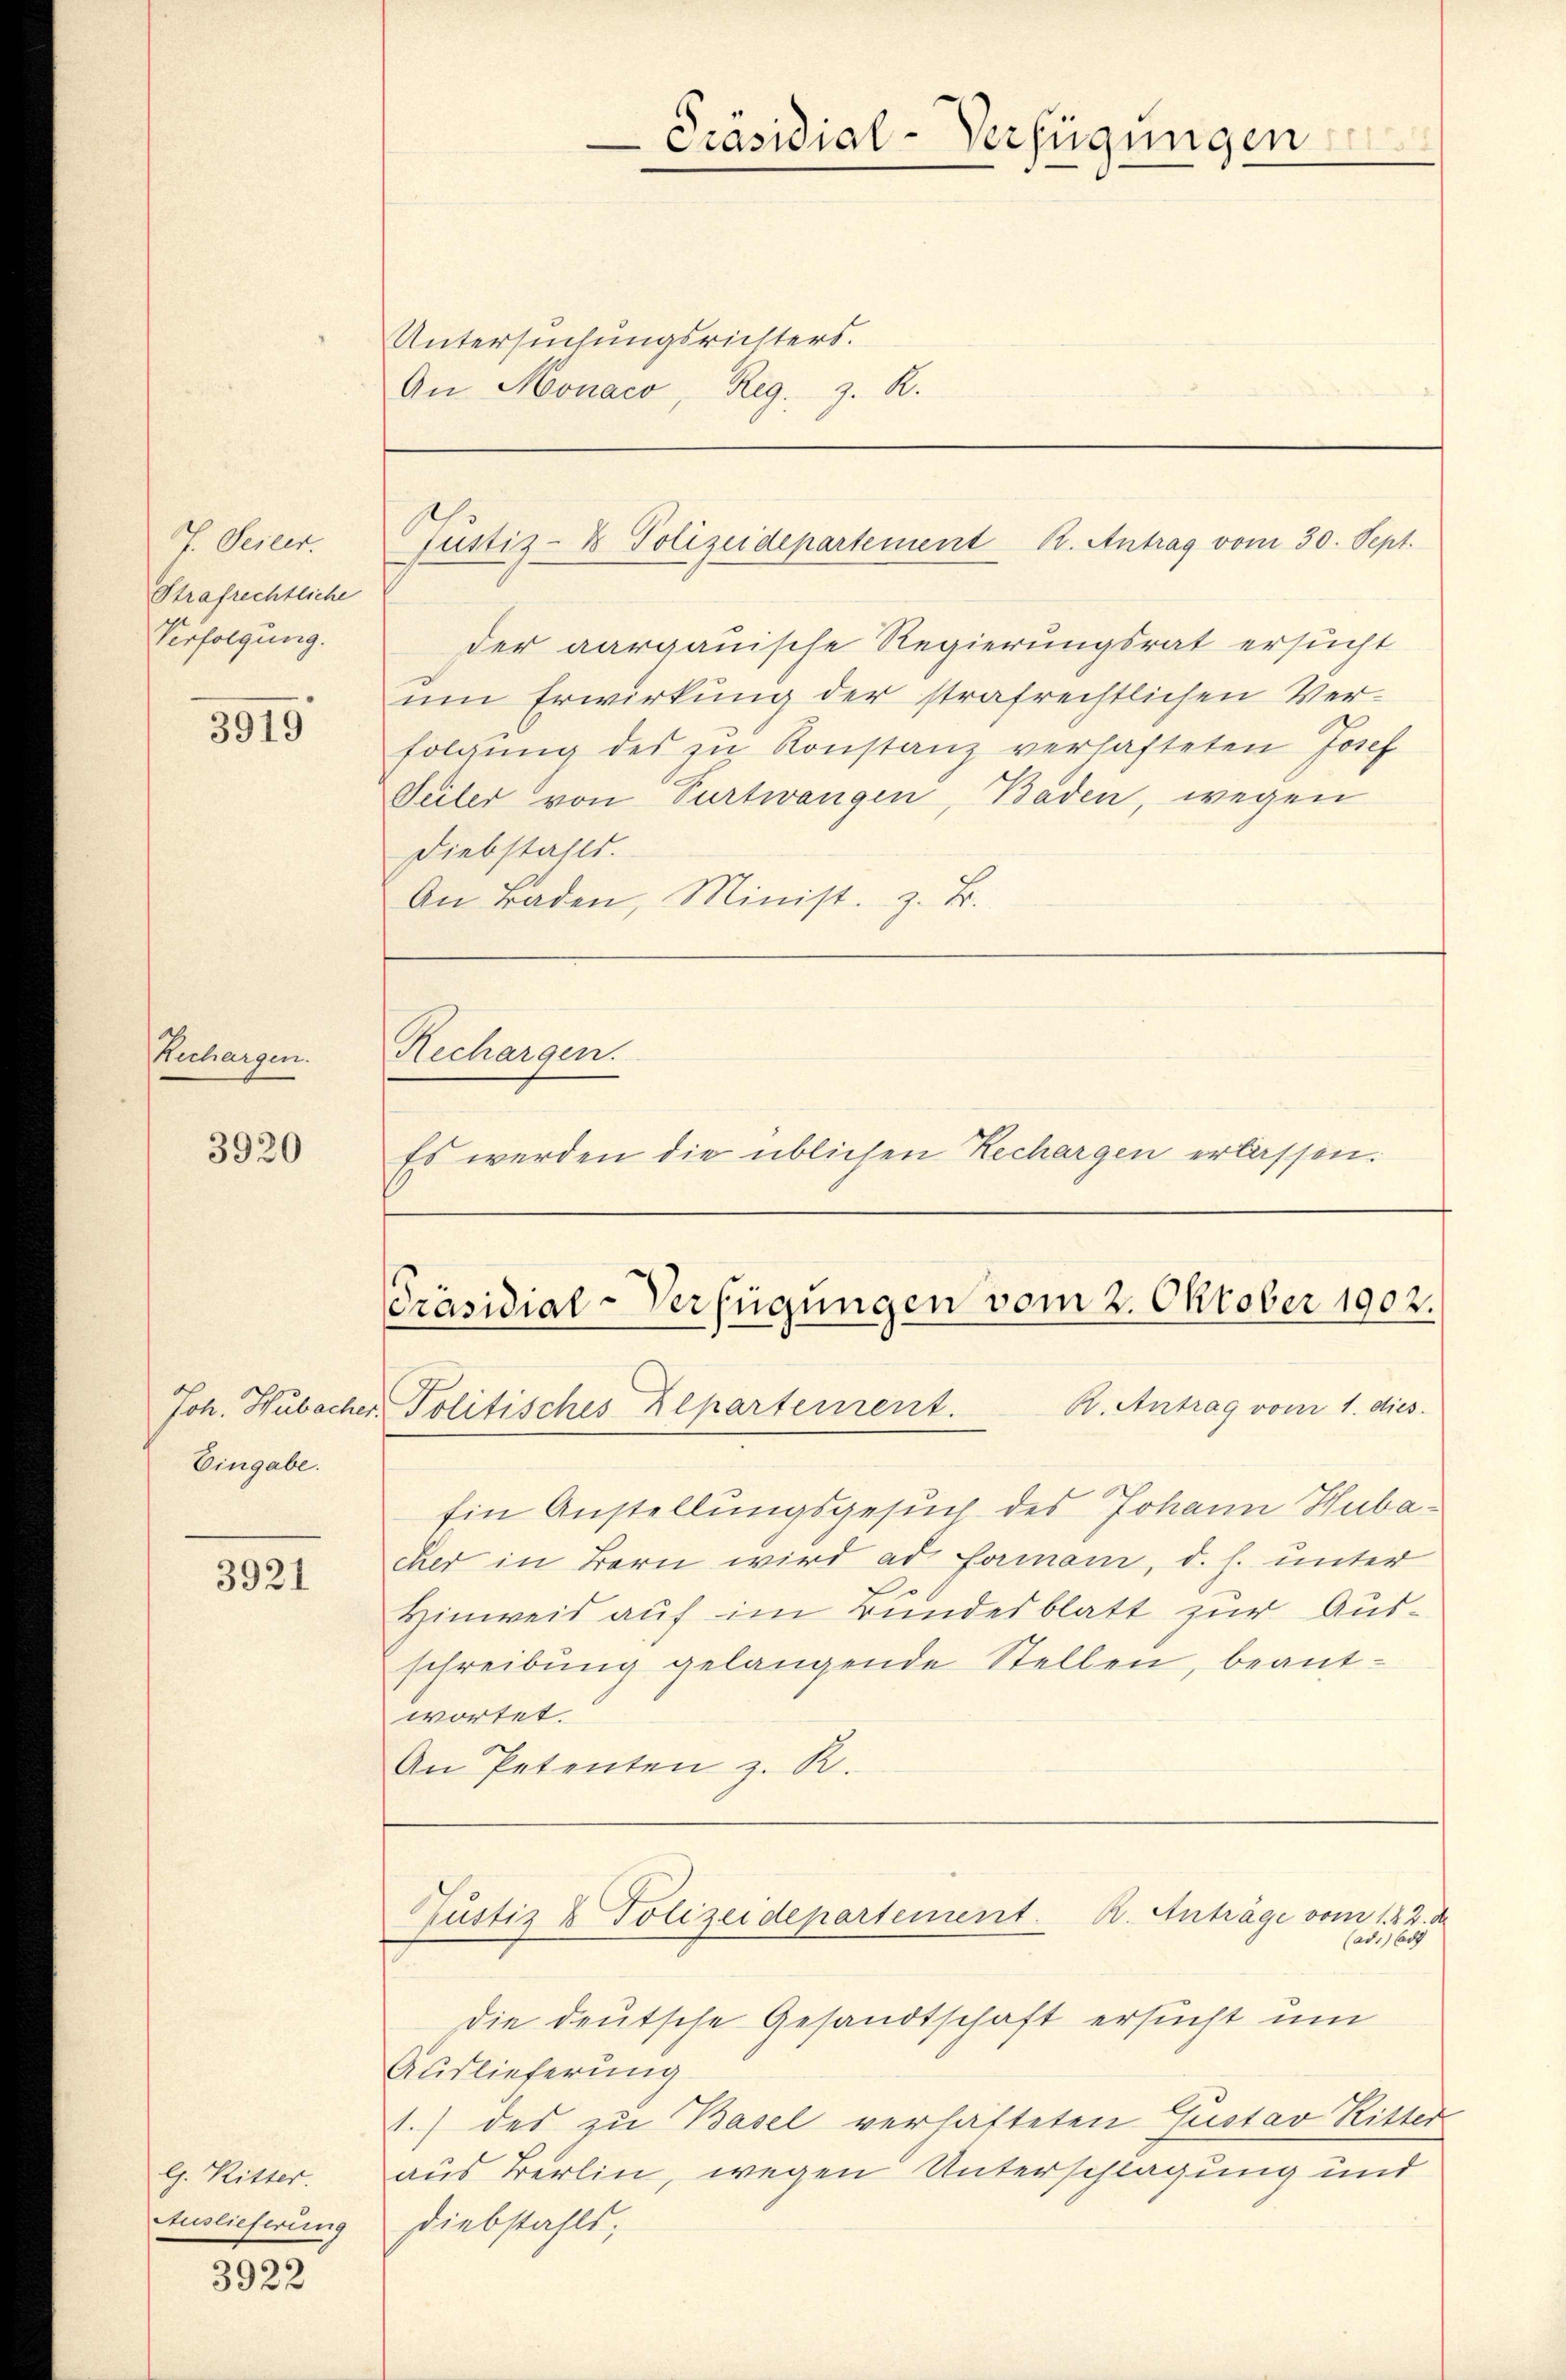
J. Oereer.
Strafrechtliche
Verfolgung.

3919

Rechargen.

3920

Eingabe.

3921

l. Ritter.
Auslieferung

3922

Untersuchungsrichters.
An Monaco, Reg. z. R.

Präsidial-Verfügungen

Püstiz- & Polizeidepartement K. Antrag vom 30. Sept.

der aargauische Regierungsrat ersucht
um Erwirkung der strafrechtlichen Verfolgung des zu Konstanz verhafteten Josef
Seiter von Purtwangen, Baden, wegen
Diebstahls.
An Baden, Minist. z. B.

Rechargen.

Es werden die üblichen Rechargen erlassen.

Präsidial-Verfügungen vom 2. Oktober 1902.

R. Antrag vom 1. dies
Joh. Hubacher. Politisches Repartement.
Ein Anstellungsgesuch des Johann Hubacher in Bern wird ad formann, d. h. unter
Hinweis auf im Bundesblatt zur Ausschreibung gelangende Stellen, beantwortet.
An Petenten z. R.

ustiz & Polizeidepartement. R. Anträge vom 1. 22. de
(ad. Ad

Die deutsche Gesandtschaft ersucht um
Auslieferung
1.) des zu Basel verhafteten Gustav Ritter
aus Berlin, wegen Unterschlagung und
Diebstahls;